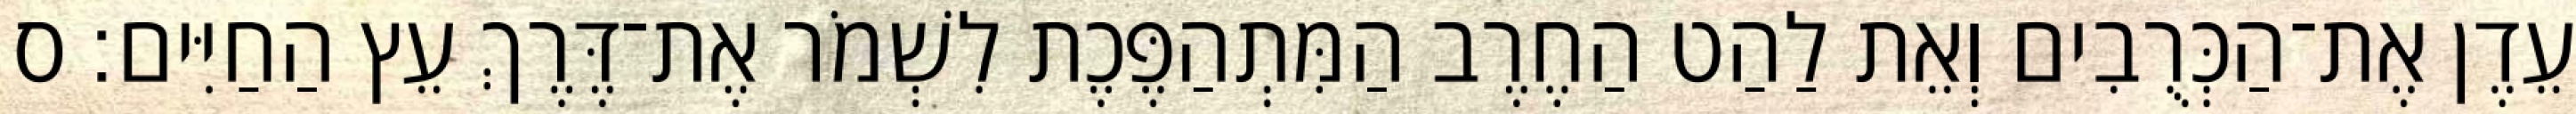
עֵדֶן אֶת־הַכְּרֻבִים וְאֵת לַהַט הַחֶרֶב הַמִּתְהַפֶּכֶת לִשְׁמֹר אֶת־דֶּרֶךְ עֵץ הַחַיִּים׃ ס